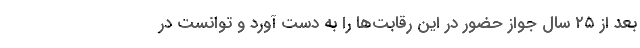
بعد از ۲۵ سال جواز حضور در این رقابت‌ها را به دست آورد و توانست در